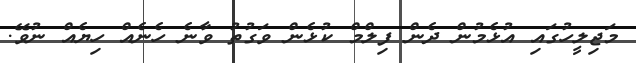
މަޖިލީހުގައި އުޅެމުން ދެން ފިލްމް ކުޅެން ވަގުތު ވާނެ ހެނެއް ހިޔެއް ނުވޭ.